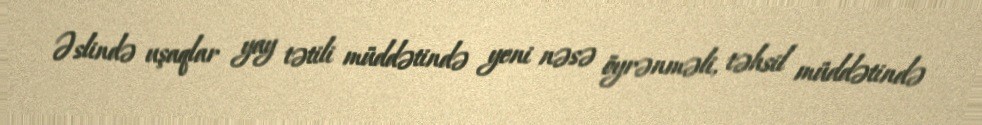
Əslində uşaqlar yay tətili müddətində yeni nəsə öyrənməli, təhsil müddətində